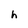
Character: h